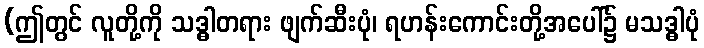
(ဤတွင် လူတို့ကို သဒ္ဓါတရား ဖျက်ဆီးပုံ၊ ရဟန်းကောင်းတို့အပေါ်၌ မသဒ္ဓါပုံ